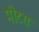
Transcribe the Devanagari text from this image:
मीटरा